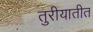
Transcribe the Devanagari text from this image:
तुरीयातीत